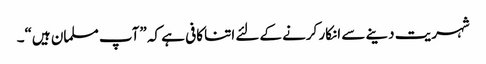
شہریت دینے سے انکار کرنے کےلئے اتنا کافی ہے کہ ”آپ مسلمان ہیں“۔